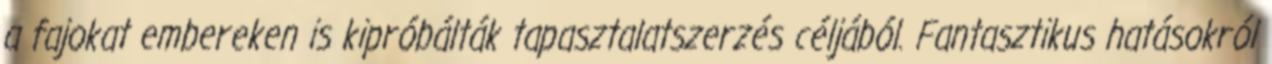
a fajokat embereken is kipróbálták tapasztalatszerzés céljából. Fantasztikus hatásokról